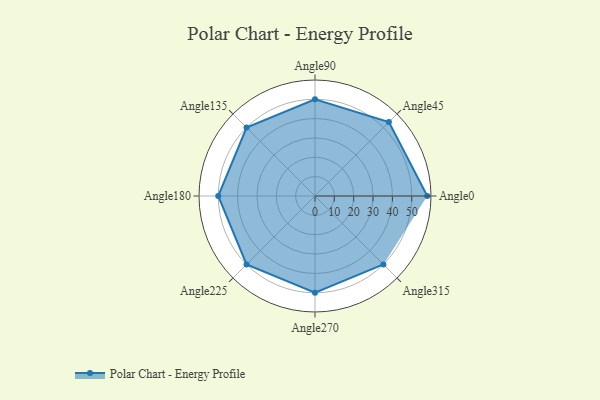
{"axis": {"x": "Angle", "y": "Radius"}, "legend": [""], "data": [{"x": "Angle0", "y": 58.0, "type": ""}, {"x": "Angle45", "y": 54.0, "type": ""}, {"x": "Angle90", "y": 50, "type": ""}, {"x": "Angle135", "y": 50, "type": ""}, {"x": "Angle180", "y": 50, "type": ""}, {"x": "Angle225", "y": 50, "type": ""}, {"x": "Angle270", "y": 50, "type": ""}, {"x": "Angle315", "y": 50, "type": ""}]}